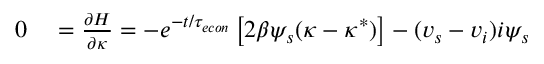
\begin{array} { r l } { 0 } & { { } = \frac { \partial H } { \partial \kappa } = - e ^ { - t / { \tau _ { e c o n } } } \left[ 2 \beta \psi _ { s } ( \kappa - \kappa ^ { * } ) \right] - ( v _ { s } - v _ { i } ) i \psi _ { s } } \end{array}